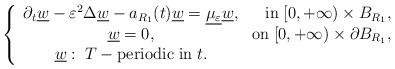
LaTeX: \begin{align*}\left\{\begin{array}{cr}\partial_t \underline{w}-\varepsilon^2 \Delta\underline{w}-a_{R_1}(t)\underline{w}=\underline{\mu_\varepsilon}\underline{w},&\mathrm{in}\;[0,+\infty)\times B_{R_1},\\\underline{w}=0, &\mathrm{on}\; [0,+\infty)\times\partial B_{R_1},\\\underline{w}:\;T-\mathrm{periodic\;in}\;t.\end{array}\right.\end{align*}